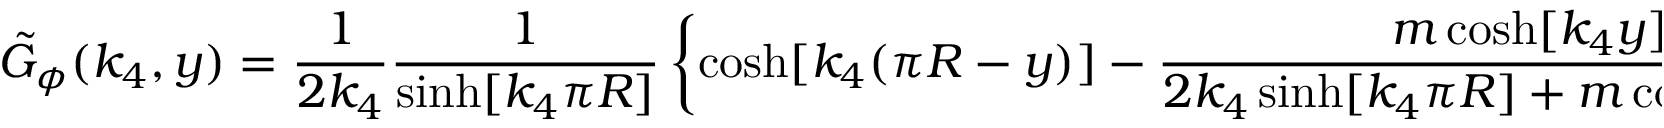
\tilde { G } _ { \phi } ( k _ { 4 } , y ) = \frac { 1 } { 2 k _ { 4 } } \frac { 1 } { \sinh [ k _ { 4 } \pi R ] } \left\{ \cosh [ k _ { 4 } ( \pi R - y ) ] - \frac { m \cosh [ k _ { 4 } y ] } { 2 k _ { 4 } \sinh [ k _ { 4 } \pi R ] + m \cosh [ k _ { 4 } \pi R ] } \right\} ,